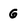
Character: G